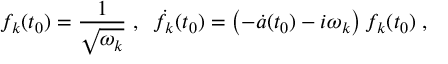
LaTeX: f _ { k } ( t _ { 0 } ) = \frac { 1 } { \sqrt { \omega _ { k } } } \; , \; \; \dot { f } _ { k } ( t _ { 0 } ) = \left( - \dot { a } ( t _ { 0 } ) - i \omega _ { k } \right) f _ { k } ( t _ { 0 } ) \; ,